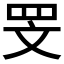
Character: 𮲖